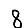
Digit: 8